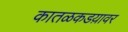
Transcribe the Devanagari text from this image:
कातळकडय़ावर